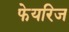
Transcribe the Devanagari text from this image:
फेयरिज